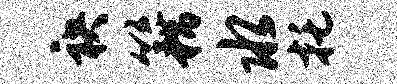
袂籍水托